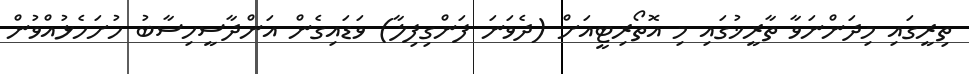
ތިރީގައި މިދަންނަވާ ތާރީޚުގައި މި އޮތޯރިޓީއަށް (ދެވަނަ ފަންގިފިލާ) ވަޑައިގެން އަންދާސީހިސާބު ހުށަހެޅުއްވުން